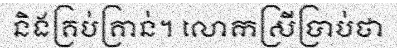
និងគ្រប់គ្រាន់។ លោកស្រីប្រាប់ថា